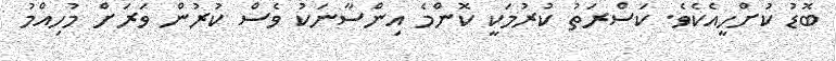
ބޮޑު ކުށްހީއެކެވެ. ކަސްރަތު ކުރުމަކީ ކޮންމެ އިންސާނަކު ވެސް ކުުރުން ވަރަށް މުހިއްމު